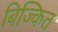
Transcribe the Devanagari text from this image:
बिज्कित